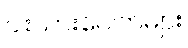
ငါးသားပေါက်များ